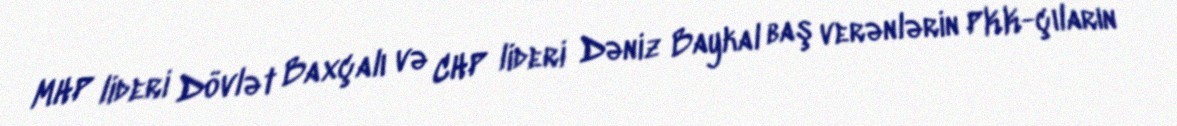
MHP lideri Dövlət Baxçalı və CHP lideri Dəniz Baykal baş verənlərin PKK-çıların